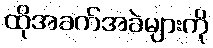
ထိုအခက်အခဲများကို